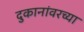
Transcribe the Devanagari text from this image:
दुकानांवरच्या